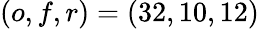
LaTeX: \left(o,f,r\right)=\left(32,10,12\right)